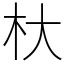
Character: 杕